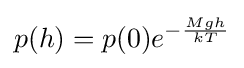
p(h)=p(0)e^{-{\frac {Mgh}{kT}}}